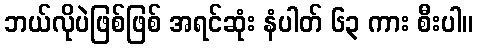
ဘယ်လိုပဲဖြစ်ဖြစ် အရင်ဆုံး နံပါတ် ၆၃ ကား စီးပါ။